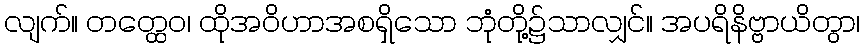
လျက်။ တတ္ထေဝ၊ ထိုအဝိဟာအစရှိသော ဘုံတို့၌သာလျှင်။ အပရိနိဗ္ဗာယိတွာ၊